Scottish Leaving Certificate Examination, 1959
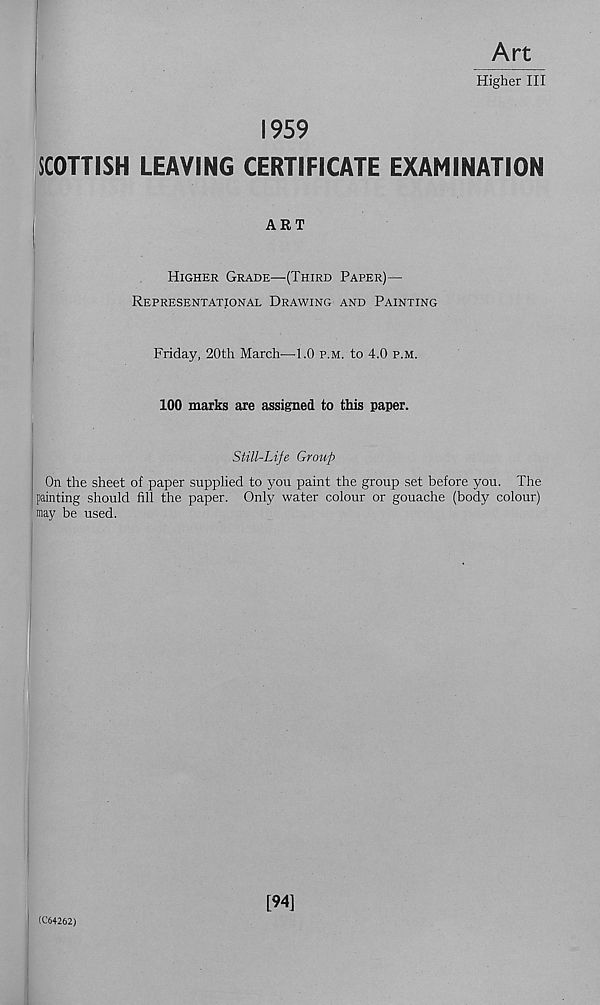
Art
Higher III
1959
SCOTTISH LEAVING CERTIFICATE EXAMINATION
ART
Higher Grade—(Third Paper)—
Representational Drawing and Painting
Friday, 20th March—1.0 p.m. to 4.0 p.m.
100 marks are assigned to this paper.
Still-Life Group
On the sheet of paper supplied to you paint the group set before you. The
painting should fill the paper. Only water colour or gouache (body colour)
may be used.
(C64262)
[94]